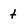
Character: t